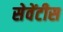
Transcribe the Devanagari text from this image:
सेवेंटीस